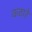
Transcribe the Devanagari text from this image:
कठारे